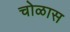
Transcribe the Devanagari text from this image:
चोळास